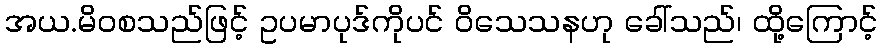
အယ.မိဝစသည်ဖြင့် ဥပမာပုဒ်ကိုပင် ဝိသေသနဟု ခေါ်သည်၊ ထို့ကြောင့်